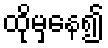
ထိုမှနေ၍